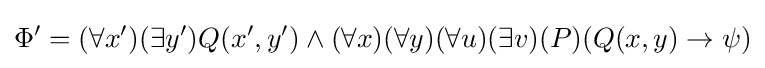
\Phi '=(\forall x')(\exists y')Q(x',y')\wedge (\forall x)(\forall y)(\forall u)(\exists v)(P)(Q(x,y)\rightarrow \psi )